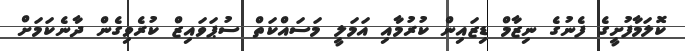
ކޮލަމާފުށީގެ ފެނުގެ ނިޒާމް ޑިޒައިން ކުރުމާއި އަމަލީ މަސައްކަތް ސުޕަވައިޒް ކުރެވިގެން ދާނެކަމަށް